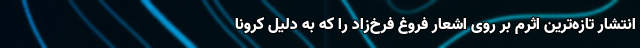
انتشار تازه‌ترین اثرم بر روی اشعار فروغ فرخ‌زاد را که به دلیل کرونا